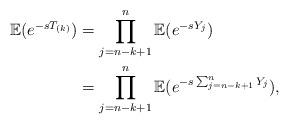
LaTeX: \begin{align*}\mathbb{E}(e^{-sT_{(k)}})&=\prod_{j=n-k+1}^{n}\mathbb{E}(e^{-sY_{j}}) \\&=\prod_{j=n-k+1}^{n}\mathbb{E}(e^{-s\sum_{j=n-k+1}^{n}Y_{j}}),\end{align*}